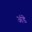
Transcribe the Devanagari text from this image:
अंडॆ